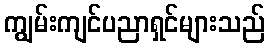
ကျွမ်းကျင်ပညာရှင်များသည်